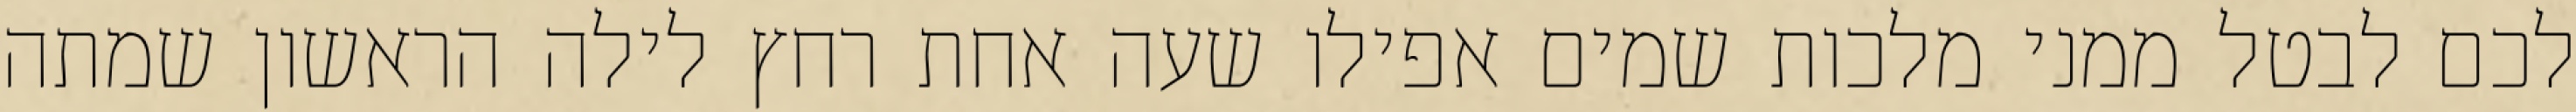
לכם לבטל ממני מלכות שמים אפילו שעה אחת רחץ לילה הראשון שמתה